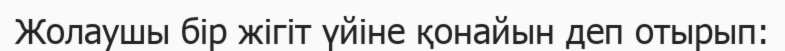
Жолаушы бір жігіт үйіне қонайын деп отырып: